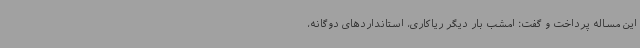
این مساله پرداخت و گفت: امشب بار دیگر ریاکاری، استانداردهای دوگانه،